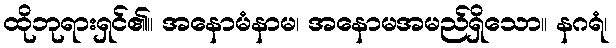
ထိုဘုရားရှင်၏။ အနောမံနာမ၊ အနောမအမည်ရှိသော။ နဂရံ၊